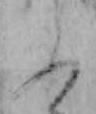
ふ